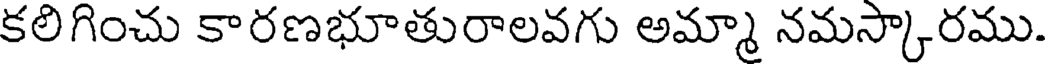
కలిగించు కారణభూతురాలవగు అమ్మా నమస్కారము.